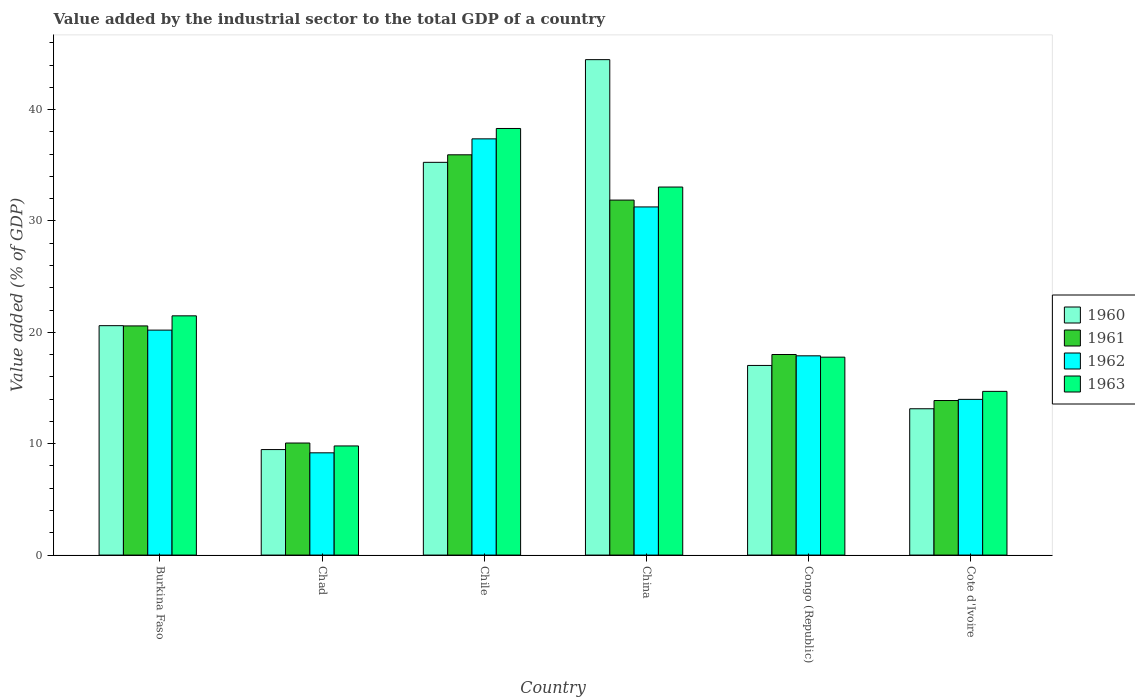
| Country | 1960 | 1961 | 1962 | 1963 |
 | --- | --- | --- | --- | --- |
 | Burkina Faso | 20.6 | 20.6 | 20.2 | 21.5 |
 | Chad | 9.47 | 10.1 | 9.18 | 9.8 |
 | Chile | 35.3 | 35.9 | 37.4 | 38.3 |
 | China | 44.5 | 31.9 | 31.3 | 33 |
 | Congo (Republic) | 17 | 18 | 17.9 | 17.8 |
 | Cote d'Ivoire | 13.1 | 13.9 | 14 | 14.7 |